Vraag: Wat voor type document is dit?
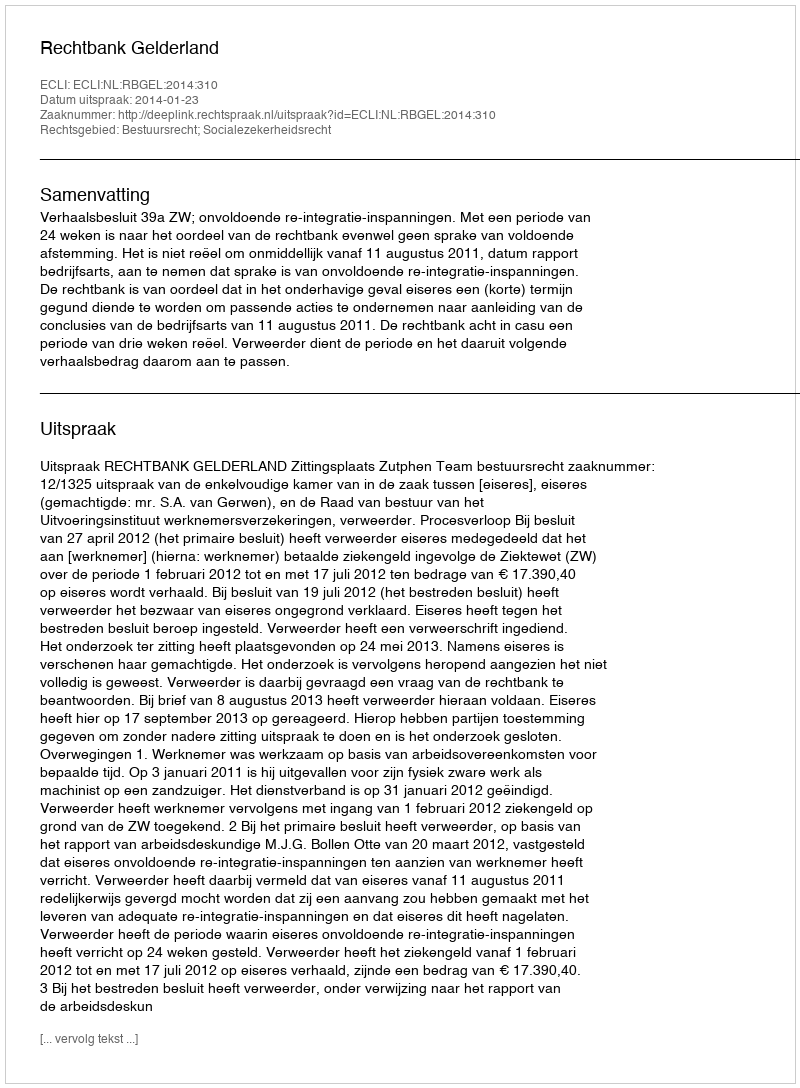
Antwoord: Uitspraak